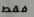
فقط